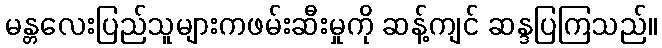
မန္တလေးပြည်သူများကဖမ်းဆီးမှုကို ဆန့်ကျင် ဆန္ဒပြကြသည်။